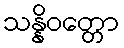
သန္နိဝတ္တော